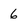
Character: 6